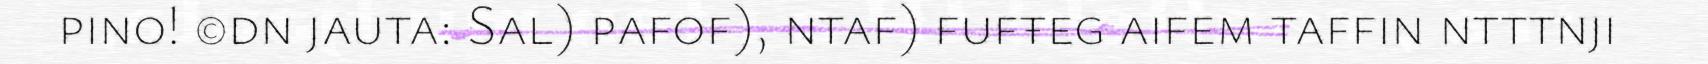
pino! ©dn jauta: Sal) pafof), ntaf) fufŧeg aifem taffin ntttnji